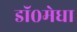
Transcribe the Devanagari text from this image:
डॉ०मेधा